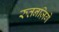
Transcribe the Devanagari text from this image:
रुतनज़िगे